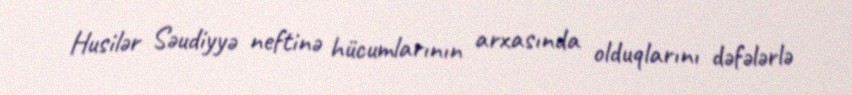
Husilər Səudiyyə neftinə hücumlarının arxasında olduqlarını dəfələrlə